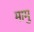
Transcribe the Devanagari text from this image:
मामु